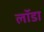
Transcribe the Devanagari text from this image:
लॉडा